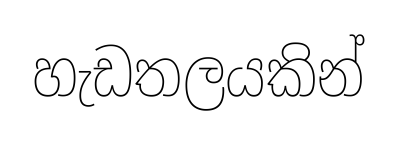
හැඩතලයකින්